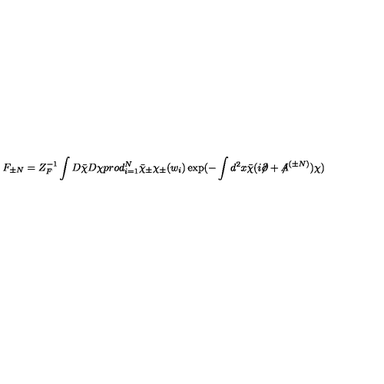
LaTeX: F _ { \pm N } = Z _ { F } ^ { - 1 } \int D \bar { \chi } D \chi p r o d _ { i = 1 } ^ { N } \bar { \chi } _ { \pm } \chi _ { \pm } ( w _ { i } ) \exp ( - \int d ^ { 2 } x \bar { \chi } ( i \! \! \not \! \partial + { \not \! \! A } ^ { ( \pm N ) } ) \chi )